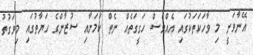
އޭނާވަނީ މި ވާހަކަތަކުގައި އެއްވެސް ހަގީގަތެއް ނެތް ކަމަށާއި ސުޒާންގެ ހަޔާތުގައި މިވަގުތު